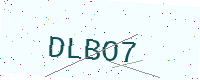
Text: DLBO7